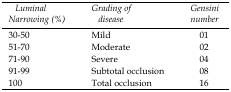
<table><thead><tr><td><b><i>Luminal Narrowing (%)</i></b></td><td><b><i>Grading of disease</i></b></td><td><b><i>Gensini number</i></b></td></tr></thead><tbody><tr><td>30-50</td><td>Mild</td><td>01</td></tr><tr><td>51-70</td><td>Moderate</td><td>02</td></tr><tr><td>71-90</td><td>Severe</td><td>04</td></tr><tr><td>91-99</td><td>Subtotal occlusion</td><td>08</td></tr><tr><td>100</td><td>Total occlusion</td><td>16</td></tr></tbody></table>